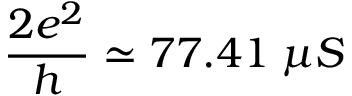
{ \frac { 2 e ^ { 2 } } { h } } \simeq 7 7 . 4 1 \; \mu S